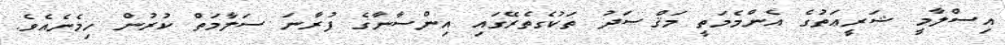
އިސްލާމީ ޝަރީޢަތުގެ އެންމެމަތީ މަޤްޞަދު ތަކުގެތެރޭގައި އިންސާނާގެ ފުރާނަ ސަލާމަތް ކުރުން ހިމެނެއެވެ.